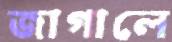
জাগালে